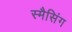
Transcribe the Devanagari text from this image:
स्मैसिंग